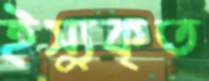
ইস্যুকৃত